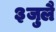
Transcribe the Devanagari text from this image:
३जुलै